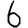
Digit: 6